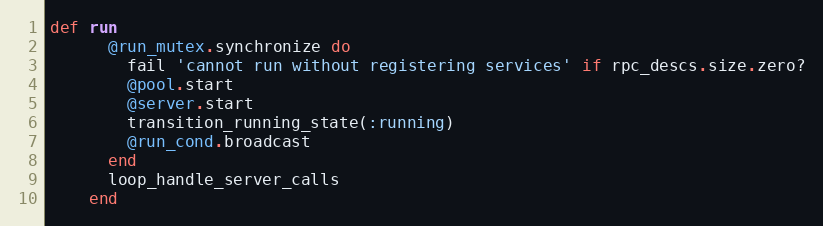
Language: Ruby
def run
      @run_mutex.synchronize do
        fail 'cannot run without registering services' if rpc_descs.size.zero?
        @pool.start
        @server.start
        transition_running_state(:running)
        @run_cond.broadcast
      end
      loop_handle_server_calls
    end